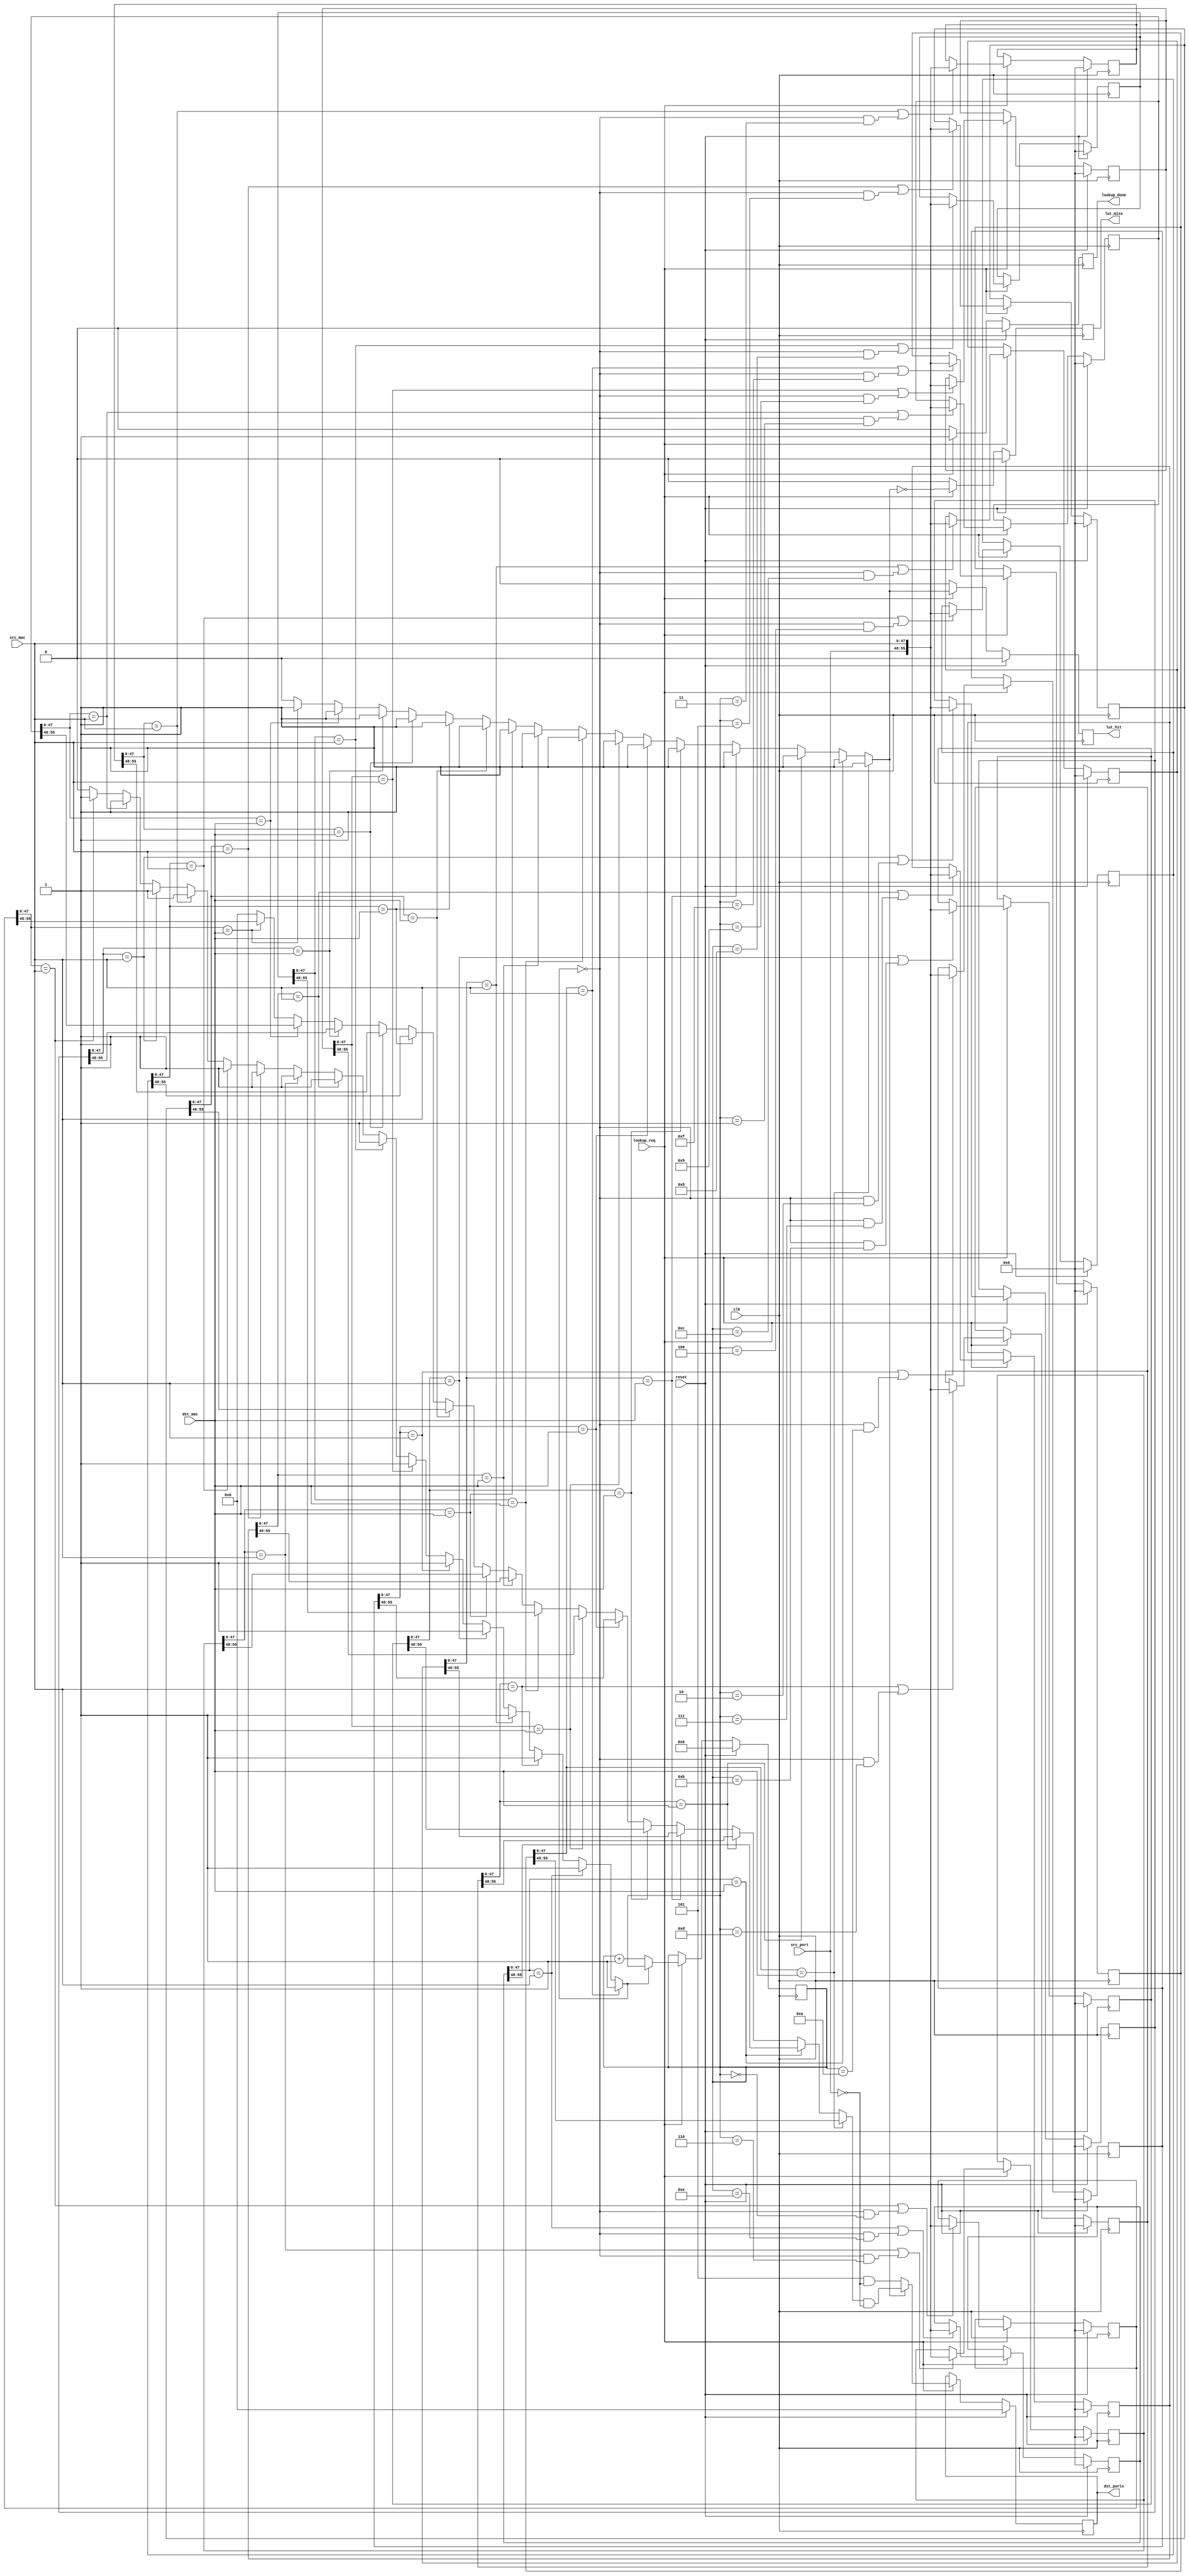
/*******************************************************************************
*
* Copyright (C) 2010, 2011 The Board of Trustees of The Leland Stanford
*                          Junior University
* Copyright (C) 2010, 2011 Muhammad Shahbaz
* Copyright (C) 2015 Noa Zilberman
* All rights reserved.
*
* This software was developed by
* Stanford University and the University of Cambridge Computer Laboratory
* under National Science Foundation under Grant No. CNS-0855268,
* the University of Cambridge Computer Laboratory under EPSRC INTERNET Project EP/H040536/1 and
* by the University of Cambridge Computer Laboratory under DARPA/AFRL contract FA8750-11-C-0249 ("MRC2"), 
* as part of the DARPA MRC research programme.
*
* @NETFPGA_LICENSE_HEADER_START@
*
* Licensed under the Apache License, Version 2.0 (the "License");
* you may not use this file except in compliance with the License.
* You may obtain a copy of the License at
*
*  http://www.apache.org/licenses/LICENSE-2.0
*
* Unless required by applicable law or agreed to in writing, software
* distributed under the License is distributed on an "AS IS" BASIS,
* WITHOUT WARRANTIES OR CONDITIONS OF ANY KIND, either express or implied.
* See the License for the specific language governing permissions and
* limitations under the License.
*
* @NETFPGA_LICENSE_HEADER_END@
*/
/******************************************************************************
*
*  File:
* 	mac_cam_lut.v
*
*  Module:
*        mac_cam_lut
*
*  Author:
*        Muhammad Shahbaz
*        Modified by Noa Zilberman
*
*  Description:
* 	learning CAM switch core functionality
*
*/

 `timescale 1ns/1ps
 
 module mac_cam_lut
 #(
   parameter NUM_OUTPUT_QUEUES = 8,
   parameter LUT_DEPTH_BITS    = 4,
   parameter LUT_DEPTH         = 2**LUT_DEPTH_BITS,
   parameter DEFAULT_MISS_OUTPUT_PORTS = 8'h05     // only send to the MAC txfifos not the cpu
 )
 (
   // --- core functionality signals
   input  [47:0]                       dst_mac,
   input  [47:0]                       src_mac,
   input  [NUM_OUTPUT_QUEUES-1:0]      src_port,
   input                               lookup_req,
   output reg [NUM_OUTPUT_QUEUES-1:0]  dst_ports,
   
   // --- lookup done signal
   output reg                          lookup_done,   // pulses high on lookup done
   output reg                          lut_miss,
   output reg                          lut_hit,
   
   // --- Misc
   input                               clk,
   input                               reset
 );
 
  function integer log2;
    input integer number;
    begin
      log2=0;
      while(2**log2<number) begin
      log2=log2+1;
      end
    end
  endfunction // log2
 
  //--------------------- Internal Parameter-------------------------
 
  //---------------------- Wires and regs----------------------------
  
  genvar i;
   
  reg [NUM_OUTPUT_QUEUES+48-1:0]    lut [0:LUT_DEPTH-1];
  reg [LUT_DEPTH_BITS-1:0]		    lut_wr_addr;
  
  //------------------------- Logic --------------------------------
  
      wire [NUM_OUTPUT_QUEUES-1:0]    rd_oq[0:LUT_DEPTH-1];
      wire [0:LUT_DEPTH-1]            lut_lookup_hit;

  generate
    // LUT Lookup
    for (i=0; i<LUT_DEPTH; i=i+1)
	begin: LUT_LOOKUP
	  
  
	  if (i == 0) begin: _0
	    assign rd_oq[i][NUM_OUTPUT_QUEUES-1:0] = (lut[i][47:0] == dst_mac) ? lut[i][NUM_OUTPUT_QUEUES+48-1:48] 
		                                                       : {(NUM_OUTPUT_QUEUES){1'b0}};
		assign lut_lookup_hit[i]   = (lut[i][47:0] == dst_mac) ? 1                                 
		                                                       : 0;
      end
	  else begin: _N
	    assign rd_oq[i][NUM_OUTPUT_QUEUES-1:0] = (lut[i][47:0] == dst_mac) ? lut[i][NUM_OUTPUT_QUEUES+48-1:48] 
		                                                       : rd_oq[i-1][NUM_OUTPUT_QUEUES-1:0];
		assign lut_lookup_hit[i]   = (lut[i][47:0] == dst_mac) ? 1                                 
		                                                       : lut_lookup_hit[i-1];
	  end
	end
	
	// LUT Learn
      wire [0:LUT_DEPTH-1]            lut_learn_hit;
	for (i=0; i<LUT_DEPTH; i=i+1)
	begin: LUT_LEARN

	  
	  if (i == 0) begin: _0
		assign lut_learn_hit[i]     = (lut[i][47:0] == src_mac) ? 1      
		                                                        : 0;
      end
	  else begin: _N
		assign lut_learn_hit[i]     = (lut[i][47:0] == src_mac) ? 1      
		                                                        : lut_learn_hit[i-1];
	  end
	  
	  always @ (posedge clk) begin: _A
	    if (reset)
		  lut[i] <= {(NUM_OUTPUT_QUEUES+48-1){1'b0}};
		else if (lookup_req) begin
		  if ((lut[i][47:0] == src_mac) ||                         // if src_mac         matches in the LUT
		      (~lut_learn_hit[LUT_DEPTH-1] && (lut_wr_addr == i))) // if src_mac doesn't matches in the LUT 
	        lut[i] <= {src_port, src_mac};
		end
	  end
	end
  endgenerate
  
  always @ (posedge clk) begin
    if(reset) begin
      lut_hit  <= 0;
	  lut_miss <= 0;
	  
	  lookup_done <= 0;
	  dst_ports   <= {NUM_OUTPUT_QUEUES{1'b0}};
	  
	  lut_wr_addr <= {LUT_DEPTH_BITS{1'b0}};
	end
	else begin
	  lut_hit     <= 0;
	  lut_miss    <= 0;
	  lookup_done <= 0;
	  
	  if (lookup_req) begin
	    lut_hit  <= lut_lookup_hit[LUT_DEPTH-1];
		lut_miss <= ~lut_lookup_hit[LUT_DEPTH-1];
		
	    /* if we get a miss then set the dst port to the default ports
         * without the source */
        dst_ports <= (lut_lookup_hit[LUT_DEPTH-1]) ? (rd_oq[LUT_DEPTH-1][NUM_OUTPUT_QUEUES-1:0] & ~src_port)
                                                   : (DEFAULT_MISS_OUTPUT_PORTS     & ~src_port);
	    lookup_done <= 1;
		
		if (~lut_learn_hit[LUT_DEPTH-1])
		  lut_wr_addr <= lut_wr_addr + 1;
	  end
	end
  end
  
endmodule